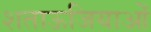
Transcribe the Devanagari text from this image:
शताऊजियाओं